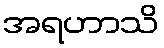
အရဟာသိ